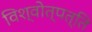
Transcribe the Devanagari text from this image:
विश्वोत्पत्ति